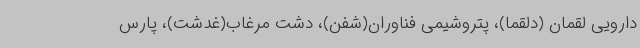
دارویی لقمان (دلقما)، پتروشیمی فناوران(شفن)، دشت مرغاب(غدشت)، پارس